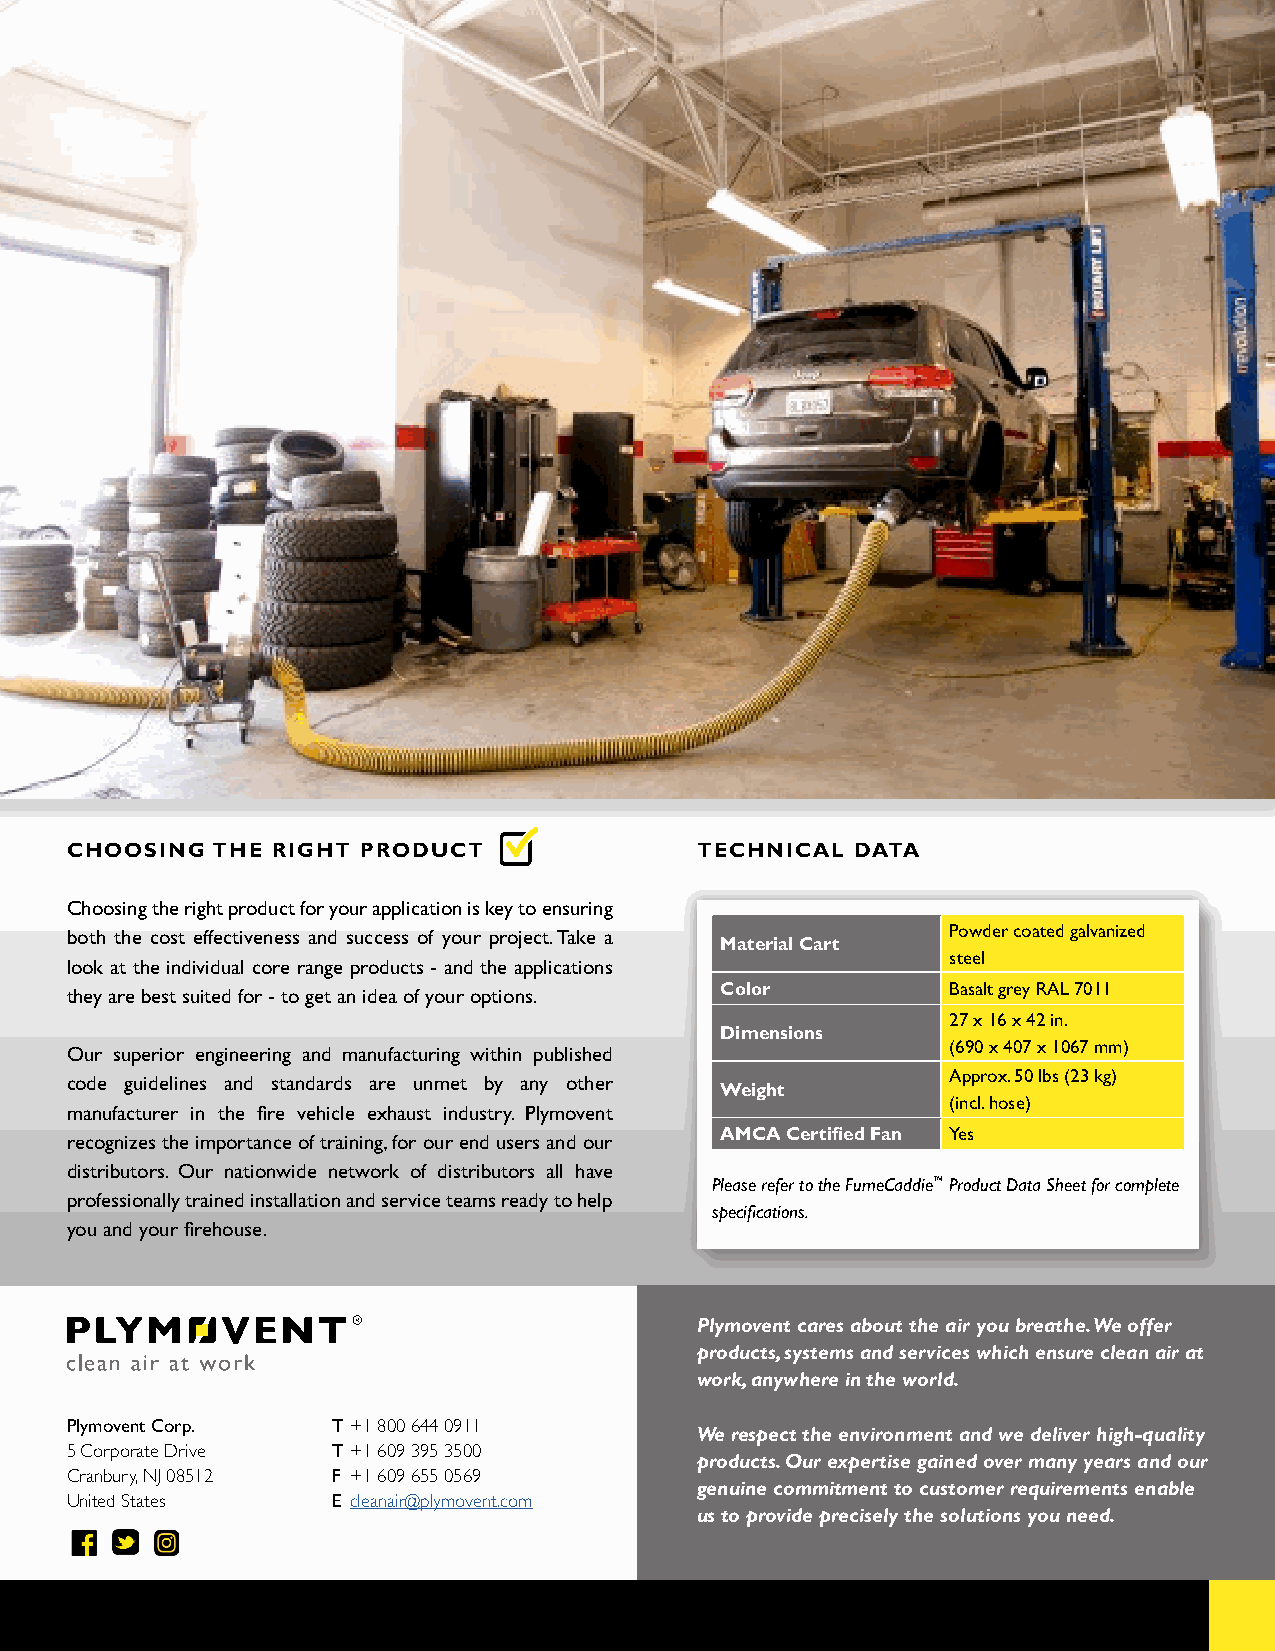
CHOOSING  THE RIGHT PRODUCT               TECHNICAL  DATA
 Choosing the right product for your application is key to ensuring
 both the cost effectiveness and success of your project. Take a Powder coated galvanized
 Material Cart
 steel
 look at the individual core range products - and the applications
 Color          Basalt grey RAL 7011
 they are best suited for - to get an idea of your options.
 27 x 16 x 42 in.
 Dimensions
 (690 x 407 x 1067 mm)
 Our superior engineering and manufacturing within published
 Approx. 50 lbs (23 kg)
 code guidelines and standards are unmet by any other
 Weight
 (incl. hose)
 manufacturer in the fire vehicle exhaust industry. Plymovent
 AMCA Certified Fan Yes
 recognizes the importance of training, for our end users and our
 distributors. Our nationwide network of distributors all have
 Please refer to the FumeCaddie™ Product Data Sheet for complete
 professionally trained installation and service teams ready to help
 specifications.
 you and your firehouse.
 Plymovent cares about the air you breathe. We offer
 products, systems and services which ensure clean air at
 work, anywhere in the world.
 Plymovent Corp.   T +1 800 644 0911
 We respect the environment and we deliver high-quality
 5 Corporate Drive T +1 609 395 3500
 products. Our expertise gained over many years and our
 Cranbury, NJ 08512 F +1 609 655 0569
 genuine commitment to customer requirements enable
 United States     E cleanair@plymovent.com
 us to provide precisely the solutions you need.